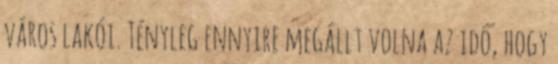
város lakói. Tényleg ennyire megállt volna az idő, hogy